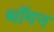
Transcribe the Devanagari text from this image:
थॉमन